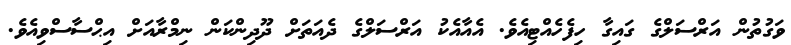
ވަގުތުން އަރްސަލްގެ ގައިގާ ހިފެހެއްޓިއެވެ. އެއާއެކު އަރްސަލްގެ ދެއަތަށް ދޫދިންކަން ނިމްރާއަށް އިޙްސާސްވިއެވެ.